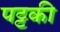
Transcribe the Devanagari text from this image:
पट्टकी